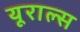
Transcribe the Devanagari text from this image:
यूराल्स